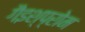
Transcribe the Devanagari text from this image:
गैइश्प्रोम